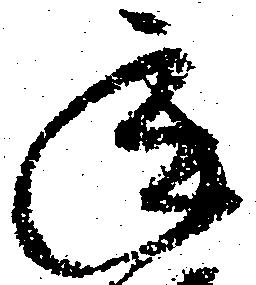
承